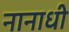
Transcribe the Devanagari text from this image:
नानाधी